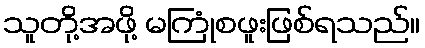
သူတို့အဖို့ မကြုံစဖူးဖြစ်ရသည်။